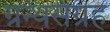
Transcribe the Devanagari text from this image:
ग्रन्थसंग्रह